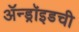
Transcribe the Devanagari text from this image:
ॲन्ड्रॉइडची